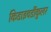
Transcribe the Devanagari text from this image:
किडाइवर्डीकुलर